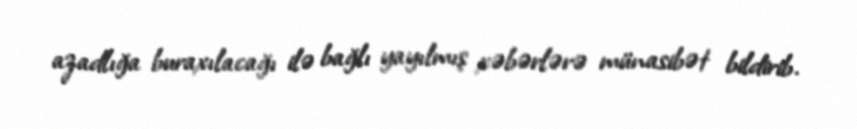
azadlığa buraxılacağı ilə bağlı yayılmış xəbərlərə münasibət bildirib.